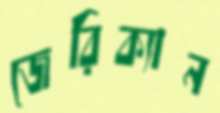
জেরিক্যান